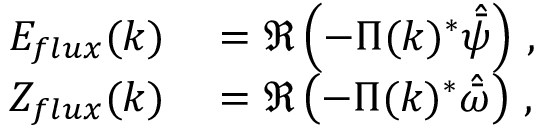
\begin{array} { r l } { E _ { f l u x } ( k ) } & { { } = \mathfrak { R } \left( - \Pi ( k ) ^ { * } \hat { \bar { \psi } } \right) \, , } \\ { Z _ { f l u x } ( k ) } & { { } = \mathfrak { R } \left( - \Pi ( k ) ^ { * } \hat { \bar { \omega } } \right) \, , } \end{array}